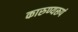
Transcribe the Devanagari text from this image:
कारुण्यरूपं